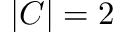
| C | = 2